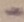
Text: -